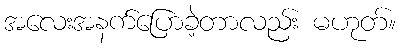
အလေးအနက်ပြောခဲ့တာလည်း မဟုတ်။